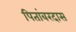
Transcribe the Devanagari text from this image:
पितांबरदास